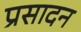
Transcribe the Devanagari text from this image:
प्रसादन